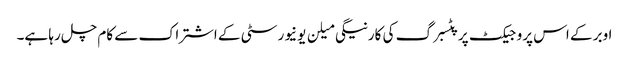
اوبر کے اس پروجیکٹ پر پٹسبرگ کی کارنیگی میلن یونیورسٹی کے اشتراک سے کام چل رہا ہے۔